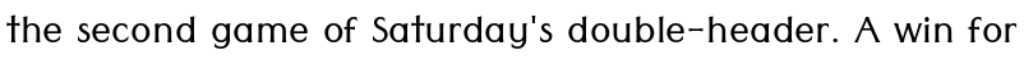
the second game of Saturday's double-header. A win for